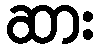
ဆား